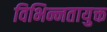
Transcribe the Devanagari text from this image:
विभिन्नतायुक्त